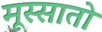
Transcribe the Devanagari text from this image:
मूस्सातो